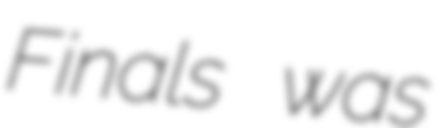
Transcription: Finals was